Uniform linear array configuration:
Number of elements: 12
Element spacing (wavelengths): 1
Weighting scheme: exponential
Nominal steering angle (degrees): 15
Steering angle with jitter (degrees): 15.413
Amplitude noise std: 0.05
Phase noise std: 0.05

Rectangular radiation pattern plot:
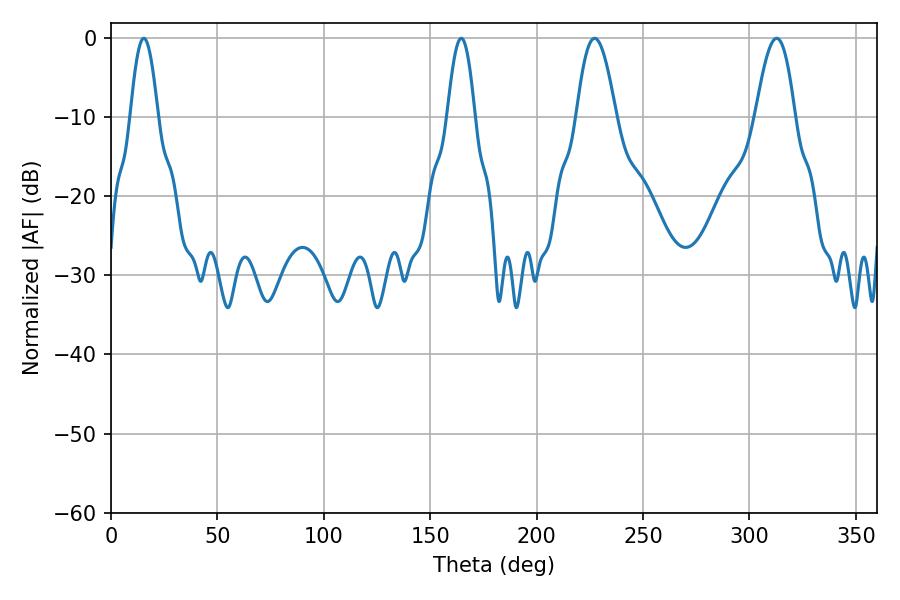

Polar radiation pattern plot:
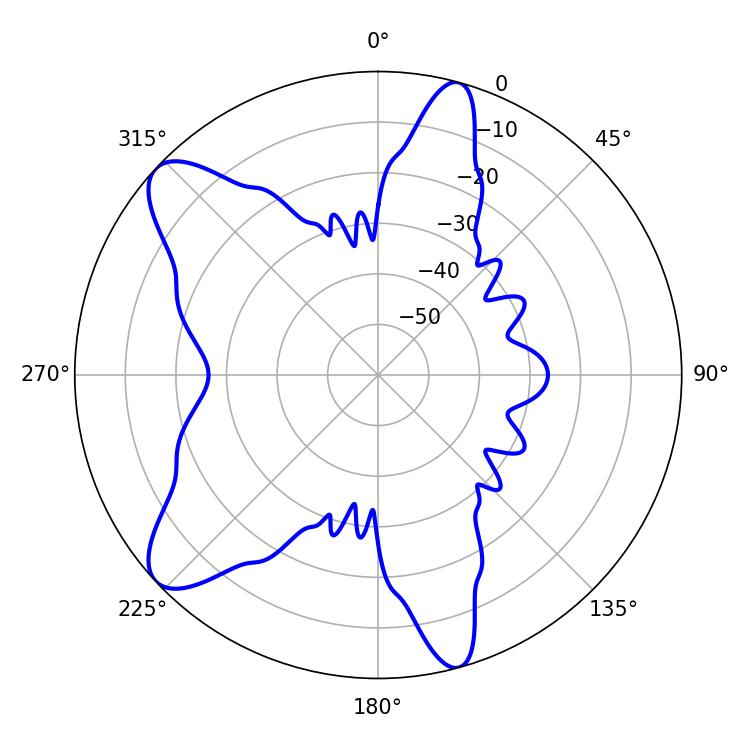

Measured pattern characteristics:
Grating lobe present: TRUE
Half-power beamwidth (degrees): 10.08
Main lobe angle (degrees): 227.16